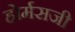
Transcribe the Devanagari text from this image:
होर्मसजी